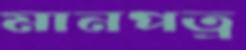
মানপত্র